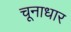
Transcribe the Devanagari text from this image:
चूनाधार